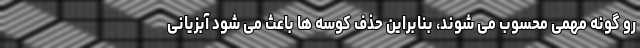
رو گونه مهمی محسوب می شوند، بنابراین حذف کوسه ها باعث می شود آبزیانی